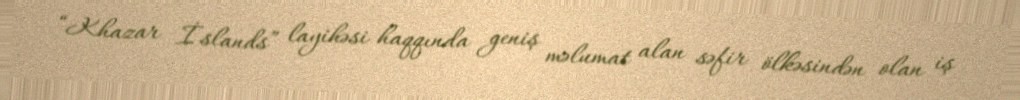
“Khazar İslands” layihəsi haqqında geniş məlumat alan səfir ölkəsindən olan iş